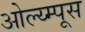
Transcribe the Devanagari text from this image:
ओल्य्म्पूस